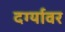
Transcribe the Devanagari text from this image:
दर्ग्यावर